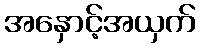
အနှောင့်အယှက်